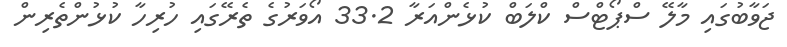
ޖަވާބުގައި މާލޭ ސްޕޯޓްސް ކްލަބް ކުޅެންއަރާ 33.2 އޯވަރުގެ ތެރޭގައި ހުރިހާ ކުޅުންތެރިން